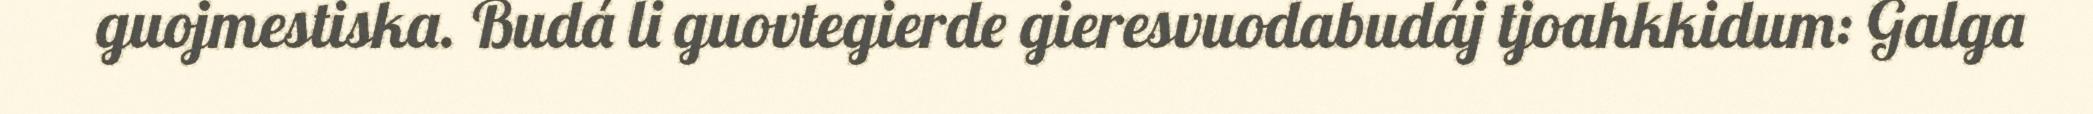
guojmestiska. Budá li guovtegierde gieresvuodabudáj tjoahkkidum: Galga